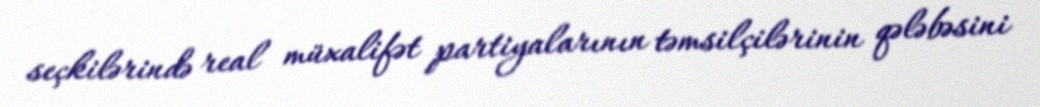
seçkilərində real müxalifət partiyalarının təmsilçilərinin qələbəsini